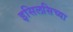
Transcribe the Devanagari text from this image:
इसिलसिच्या